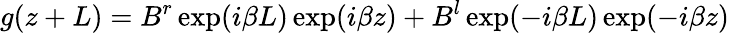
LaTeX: g(z+L)=B^{r}\exp(i\beta L)\exp(i\beta z)+B^{l}\exp(-i\beta L)\exp(-i\beta z)